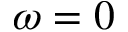
\omega = 0